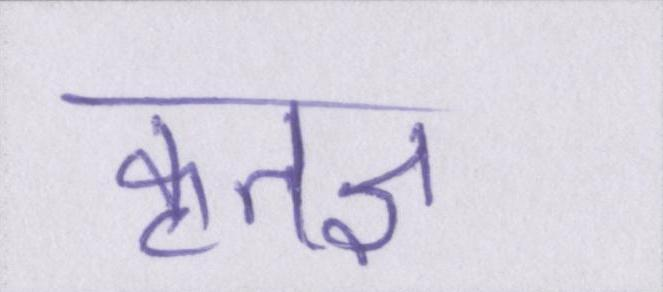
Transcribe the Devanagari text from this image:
कृतज्ञ